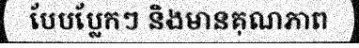
បែបប្លែកៗ និងមានគុណភាព